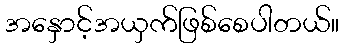
အနှောင့်အယှက်ဖြစ်စေပါတယ်။